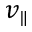
v _ { \parallel }